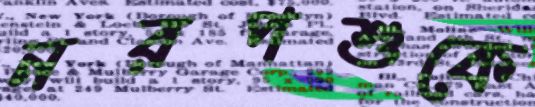
নরপশুকে